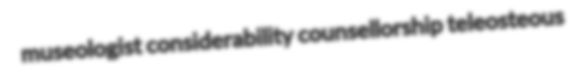
museologist considerability counsellorship teleosteous